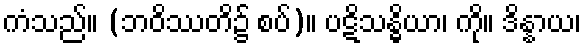
ကံသည်။ (ဘဝိဿတိ၌ စပ်)။ ပဋိသန္ဓိယာ၊ ကို။ ဒိန္နာယ၊